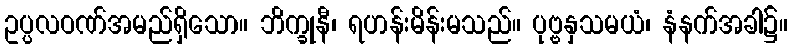
ဥပ္ပလဝဏ်အမည်ရှိသော။ ဘိက္ခုနီ၊ ရဟန်းမိန်းမသည်။ ပုဗ္ဗနှသမယံ၊ နံနက်အခါ၌။